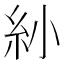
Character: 𥾗